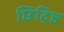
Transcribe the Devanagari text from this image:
छिद्रिष्ठ